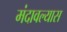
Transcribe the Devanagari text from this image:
मंदावल्यास